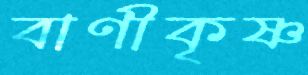
বাণীকৃষ্ণ